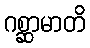
ဂစ္ဆာမာတိ